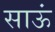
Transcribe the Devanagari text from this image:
साऊं